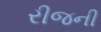
રીજની